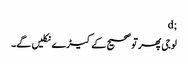
;d
لوجی پھر تو صحیح کے کیڑے نکلیں گے۔